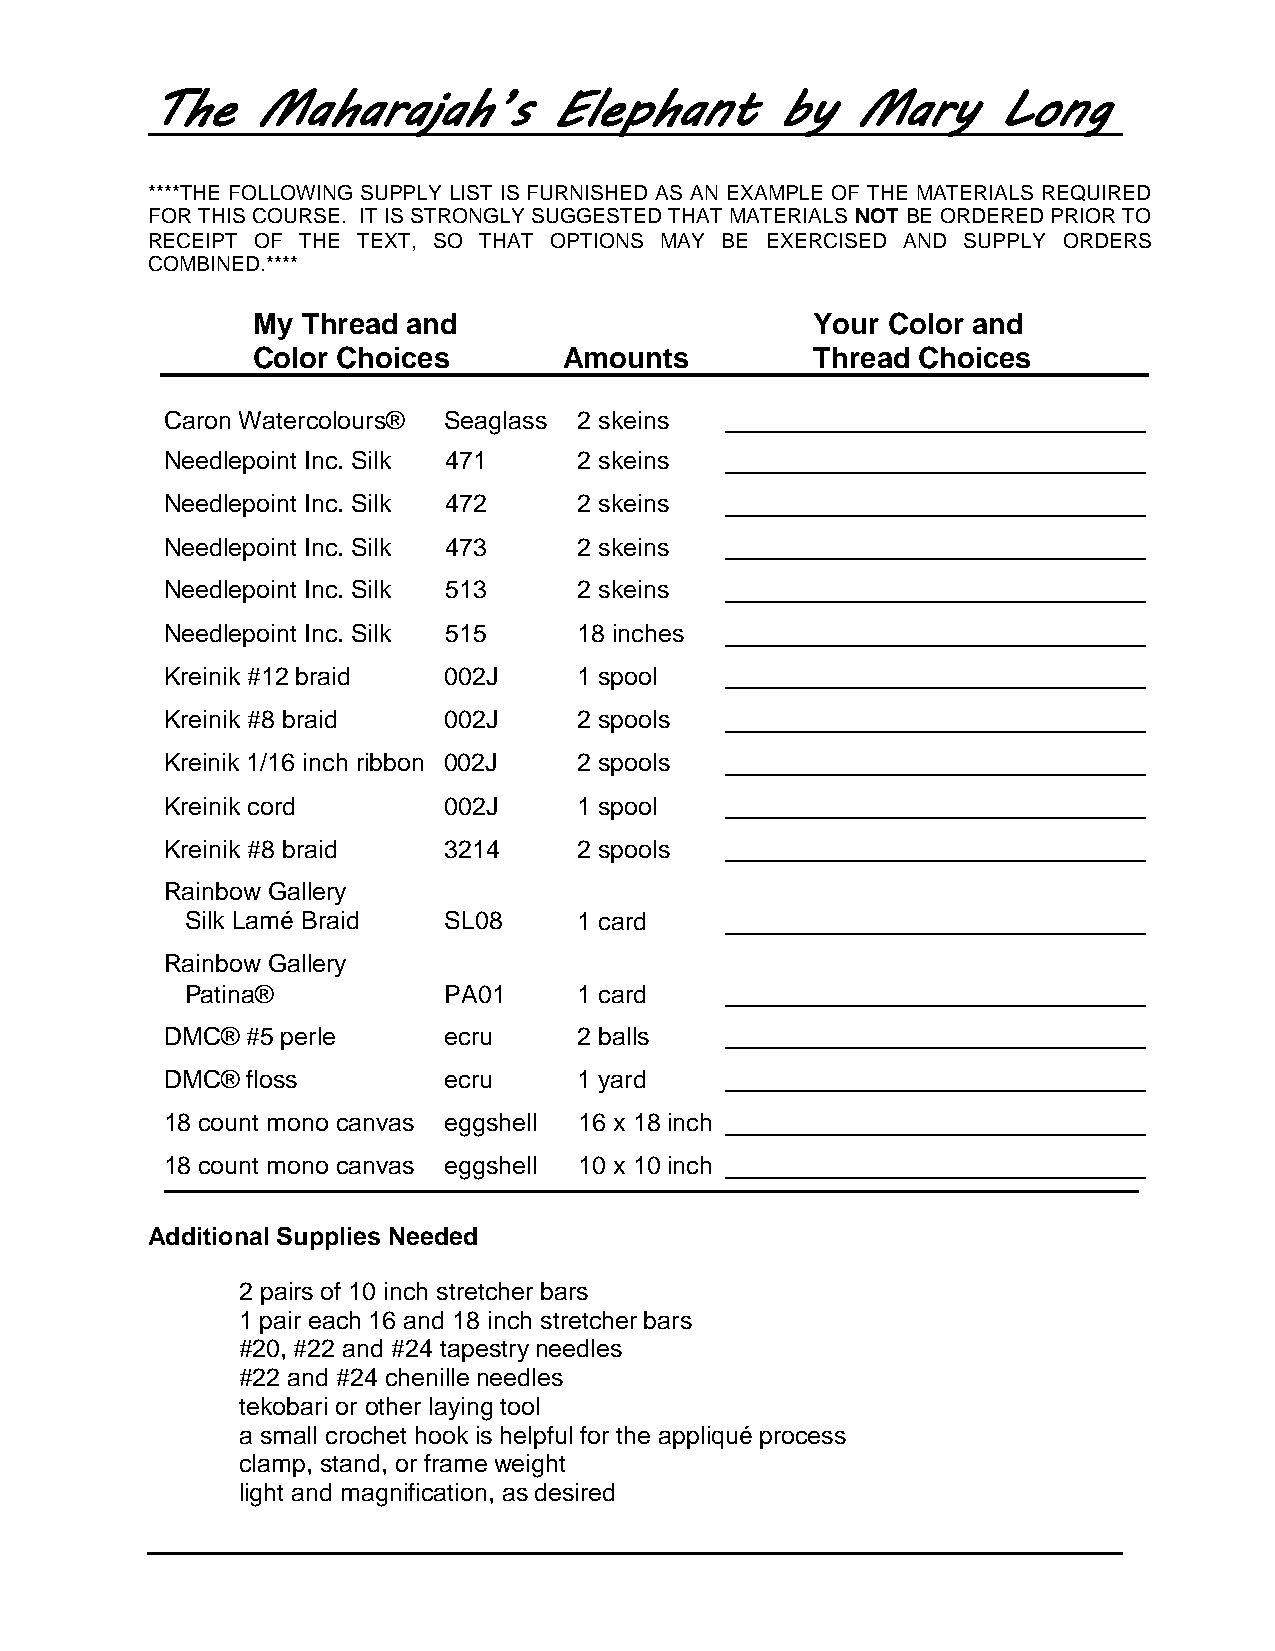
The    Maharajah’s        Elephant       by   Mary      Long
 ****THE FOLLOWING SUPPLY LIST IS FURNISHED AS AN EXAMPLE OF THE MATERIALS REQUIRED
 FOR THIS COURSE. IT IS STRONGLY SUGGESTED THAT MATERIALS NOT BE ORDERED PRIOR TO
 RECEIPT OF THE TEXT, SO THAT OPTIONS MAY BE EXERCISED AND SUPPLY ORDERS
 COMBINED.****
 My Thread and                        Your Color and
 Color Choices       Amounts          Thread Choices
 Caron Watercolours® Seaglass 2 skeins
 Needlepoint Inc. Silk 471  2 skeins
 Needlepoint Inc. Silk 472  2 skeins
 Needlepoint Inc. Silk 473  2 skeins
 Needlepoint Inc. Silk 513  2 skeins
 Needlepoint Inc. Silk 515  18 inches
 Kreinik #12 braid 002J     1 spool
 Kreinik #8 braid  002J     2 spools
 Kreinik 1/16 inch ribbon 002J 2 spools
 Kreinik cord      002J     1 spool
 Kreinik #8 braid  3214     2 spools
 Rainbow Gallery
 Silk Lamé Braid  SL08     1 card
 Rainbow Gallery
 Patina®          PA01     1 card
 DMC® #5 perle     ecru     2 balls
 DMC® floss        ecru     1 yard
 18 count mono canvas eggshell 16 x 18 inch
 18 count mono canvas eggshell 10 x 10 inch
 Additional Supplies Needed
 2 pairs of 10 inch stretcher bars
 1 pair each 16 and 18 inch stretcher bars
 #20, #22 and #24 tapestry needles
 #22 and #24 chenille needles
 tekobari or other laying tool
 a small crochet hook is helpful for the appliqué process
 clamp, stand, or frame weight
 light and magnification, as desired